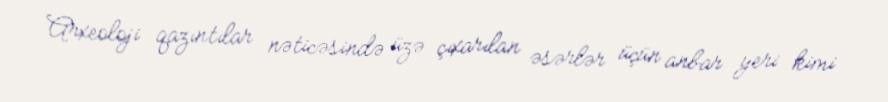
Arxeoloji qazıntılar nəticəsində üzə çıxarılan əsərlər üçün anbar yeri kimi